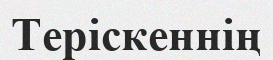
Теріскеннің